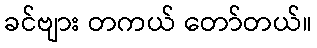
ခင်ဗျား တကယ် တော်တယ်။